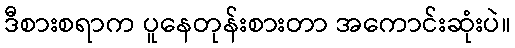
ဒီစားစရာက ပူနေတုန်းစားတာ အကောင်းဆုံးပဲ။